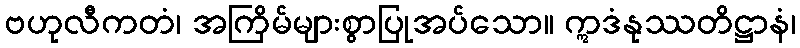
ဗဟုလီကတံ၊ အကြိမ်များစွာပြုအပ်သော။ ဣဒံနုဿတိဋ္ဌာနံ၊